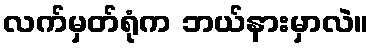
လက်မှတ်ရုံက ဘယ်နားမှာလဲ။